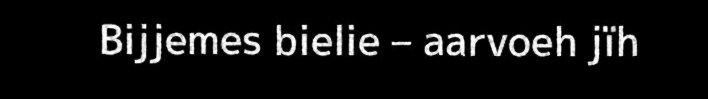
Bijjemes bielie – aarvoeh jïh